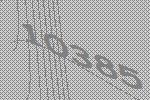
10385